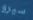
سيرو